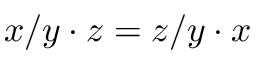
x / y \cdot z = z / y \cdot x